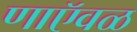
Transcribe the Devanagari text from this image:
णाऍवळ